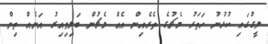
ލީގުގައި ކުޅުނު ހަތަރު މެޗުގެ ތެރެއިން އެއް މެޗުން ބަލިވިއިރު އަނެއް ތިން